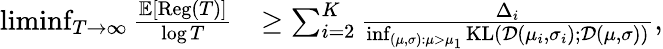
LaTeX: \begin{array}{rl}{\operatorname*{liminf}_{T\to\infty}\frac{\mathbb{E}[\mathrm{Reg}(T)]}{\log T}}&{\geq\sum_{i=2}^{K}\frac{\Delta_{i}}{\operatorname*{inf}_{({\mu,\sigma}):\mu>\mu_{1}}\mathrm{KL}(\mathcal{D}(\mu_{i},\sigma_{i});\mathcal{D}(\mu,\sigma))},}\end{array}